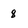
Character: 8